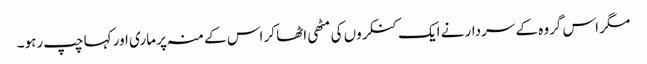
مگر اس گروہ کے سردار نے ایک کنکروں کی مٹھی اٹھا کر اس کے منہ پر ماری اور کہا چپ رہو۔